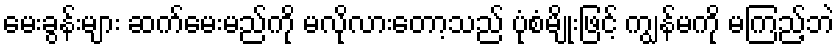
မေးခွန်းများ ဆက်မေးမည်ကို မလိုလားတော့သည် ပုံစံမျိုးဖြင့် ကျွန်မကို မကြည့်ဘဲ